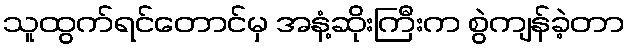
သူထွက်ရင်တောင်မှ အနံ့ဆိုးကြီးက စွဲကျန်ခဲ့တာ